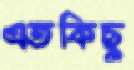
এতকিছু